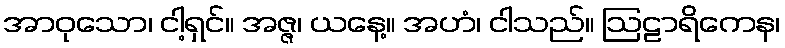
အာဝုသော၊ ငါ့ရှင်။ အဇ္ဇ၊ ယနေ့။ အဟံ၊ ငါသည်။ ဩဠာရိကေန၊